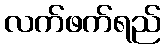
လက်ဖက်ရည်